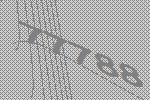
77788